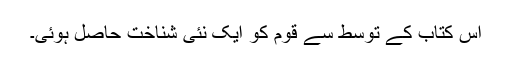
اس کتاب کے توسط سے قوم کو ایک نئی شناخت حاصل ہوئی۔